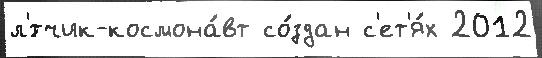
л'́тчик-космона́вт со́здан с'ет'я́х 2012